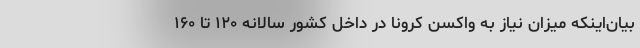
بیان‌اینکه میزان نیاز به واکسن کرونا در داخل کشور سالانه ۱۲۰ تا ۱۶۰